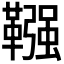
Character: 𩌾